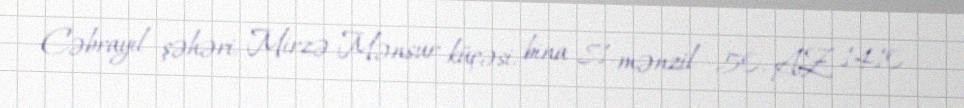
Cəbrayıl şəhəri, Mirzə Mənsur küçəsi, bina 81, mənzil 50, AZ 1410